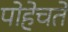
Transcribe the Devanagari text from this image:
पोहेचते